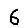
Digit: 6